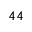
^ Ḋ 4 4 Ḍ